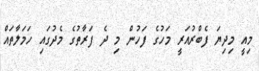
މިއީ މިދިޔަ ފެބްރުއަރީ މަހުގެ ފަހުން މި ދެ ފަރާތުގެ މެދުގައި ހަމަލާތައް